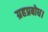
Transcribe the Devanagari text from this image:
ग्रहप्रबोध।